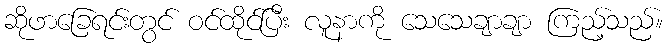
ဆိုဖာခြေရင်းတွင် ဝင်ထိုင်ပြီး လူနာကို သေသေချာချာ ကြည့်သည်။